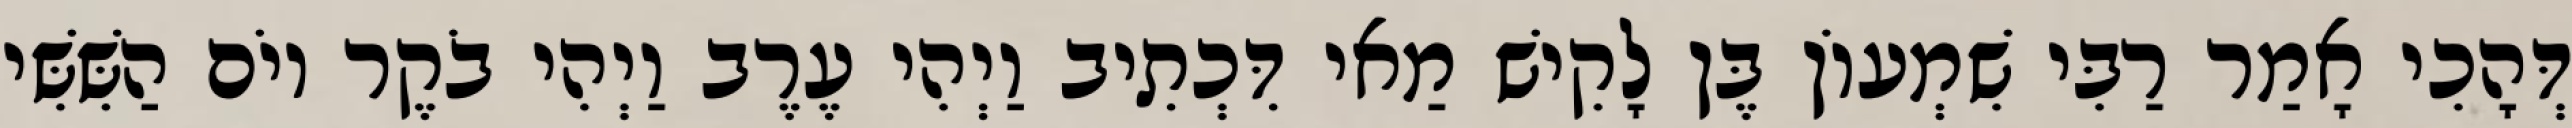
דְּהָכִי אָמַר רַבִּי שִׁמְעוֹן בֶּן לָקִישׁ מַאי דִּכְתִיב וַיְהִי עֶרֶב וַיְהִי בֹקֶר יוֹם הַשִּׁשִּׁי